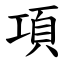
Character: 項